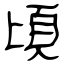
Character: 頃